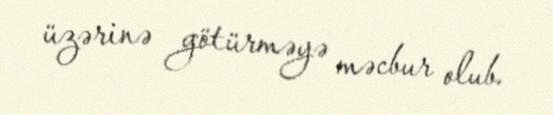
üzərinə götürməyə məcbur olub.